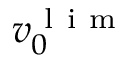
v _ { 0 } ^ { \mathrm { ~ l ~ i ~ m ~ } }